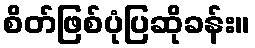
စိတ်ဖြစ်ပုံပြဆိုခန်း။